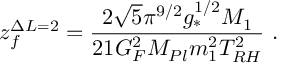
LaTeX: z _ { f } ^ { \Delta L = 2 } = \frac { 2 \sqrt { 5 } \pi ^ { 9 / 2 } g _ { * } ^ { 1 / 2 } M _ { 1 } } { 2 1 G _ { F } ^ { 2 } M _ { P l } m _ { 1 } ^ { 2 } T _ { R H } ^ { 2 } } \ .